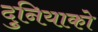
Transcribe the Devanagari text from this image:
दुनियाको